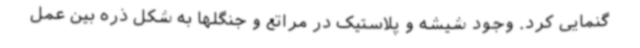
گنمایی کرد. وجود شیشه و پلاستیک در مراتع و جنگلها به شکل ذره بین عمل